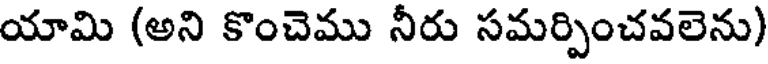
యామి (అని కొంచెము నీరు సమర్పించవలెను)